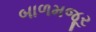
બાળમજૂર